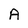
Character: A